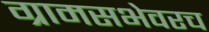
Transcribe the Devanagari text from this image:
ग्रामसभेवरच